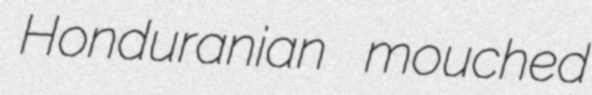
Honduranian mouched